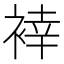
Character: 𲀴